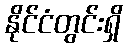
နိုင်ငံတွင်းရှိ